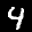
Label: 4